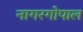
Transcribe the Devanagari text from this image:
नागरगोपाल